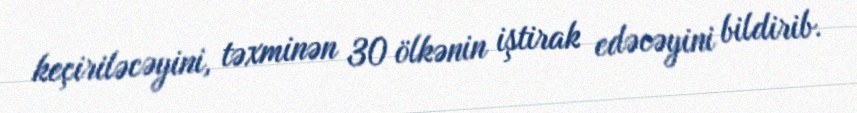
keçiriləcəyini, təxminən 30 ölkənin iştirak edəcəyini bildirib.